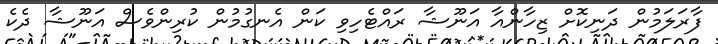
ފާރަލަމުން ދަނިކޮށް ޒިހާންއާ އަނޫޝާ ރައްޓެހިވި ކަން އެނގުމުން ކުރިންވެސް އަނޫޝާ ދެކެ